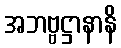
အဘဗ္ဗဋ္ဌာနာနိ